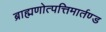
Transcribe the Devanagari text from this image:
ब्राह्मणोत्पत्तिमार्तण्ड